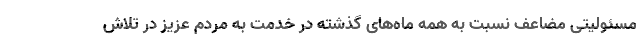
مسئولیتی مضاعف نسبت به همه ماه‌های گذشته در خدمت به مردم عزیز در تلاش